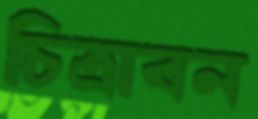
চিত্রাবন